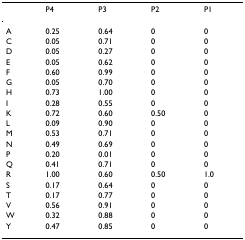
<table><thead><tr><td></td><td><b>P4</b></td><td><b>P3</b></td><td><b>P2</b></td><td><b>P1</b></td></tr></thead><tbody><tr><td>A</td><td>0.25</td><td>0.64</td><td>0</td><td>0</td></tr><tr><td>C</td><td>0.05</td><td>0.71</td><td>0</td><td>0</td></tr><tr><td>D</td><td>0.05</td><td>0.27</td><td>0</td><td>0</td></tr><tr><td>E</td><td>0.05</td><td>0.62</td><td>0</td><td>0</td></tr><tr><td>F</td><td>0.60</td><td>0.99</td><td>0</td><td>0</td></tr><tr><td>G</td><td>0.05</td><td>0.70</td><td>0</td><td>0</td></tr><tr><td>H</td><td>0.73</td><td>1.00</td><td>0</td><td>0</td></tr><tr><td>I</td><td>0.28</td><td>0.55</td><td>0</td><td>0</td></tr><tr><td>K</td><td>0.72</td><td>0.60</td><td>0.50</td><td>0</td></tr><tr><td>L</td><td>0.09</td><td>0.90</td><td>0</td><td>0</td></tr><tr><td>M</td><td>0.53</td><td>0.71</td><td>0</td><td>0</td></tr><tr><td>N</td><td>0.49</td><td>0.69</td><td>0</td><td>0</td></tr><tr><td>P</td><td>0.20</td><td>0.01</td><td>0</td><td>0</td></tr><tr><td>Q</td><td>0.41</td><td>0.71</td><td>0</td><td>0</td></tr><tr><td>R</td><td>1.00</td><td>0.60</td><td>0.50</td><td>1.0</td></tr><tr><td>S</td><td>0.17</td><td>0.64</td><td>0</td><td>0</td></tr><tr><td>T</td><td>0.17</td><td>0.77</td><td>0</td><td>0</td></tr><tr><td>V</td><td>0.56</td><td>0.91</td><td>0</td><td>0</td></tr><tr><td>W</td><td>0.32</td><td>0.88</td><td>0</td><td>0</td></tr><tr><td>Y</td><td>0.47</td><td>0.85</td><td>0</td><td>0</td></tr></tbody></table>